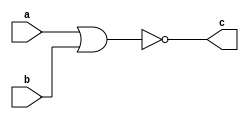
module dnor(input a, input b, output c);
	assign #1 c = !(a || b);
endmodule